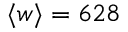
\langle w \rangle = 6 2 8